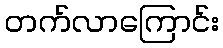
တက်လာကြောင်း